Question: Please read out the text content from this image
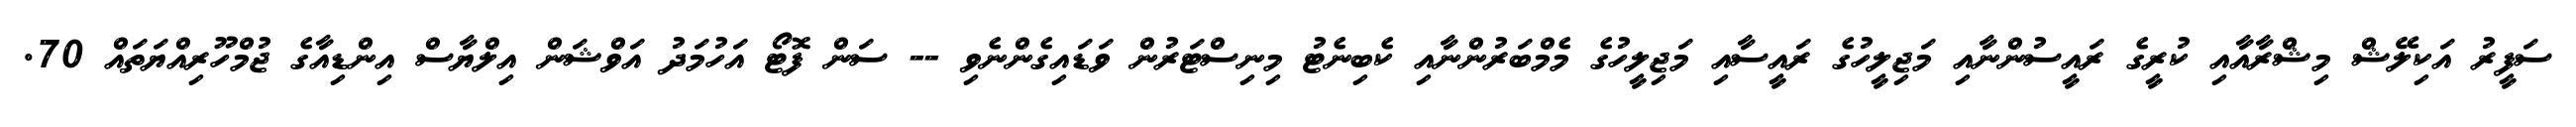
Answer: ސަފީރު އަކިލޭޝް މިޝްރާއާއި ކުރީގެ ރައީސުންނާއި މަޖިލީހުގެ ރައީސާއި މަޖިލީހުގެ މެމްބަރުންނާއި ކެބިނެޓު މިނިސްޓަރުން ވަޑައިގެންނެވި -- ސަން ފޮޓޯ އަހުމަދު އަވްޝަން އިލްޔާސް އިންޑިއާގެ ޖުމްހޫރިއްޔަތައް 70.